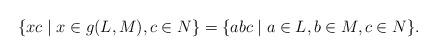
LaTeX: \begin{align*}\{xc\mid x\in g(L,M), c\in N\}=\{abc\mid a\in L, b\in M, c\in N\}.\end{align*}